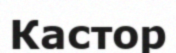
Кастор